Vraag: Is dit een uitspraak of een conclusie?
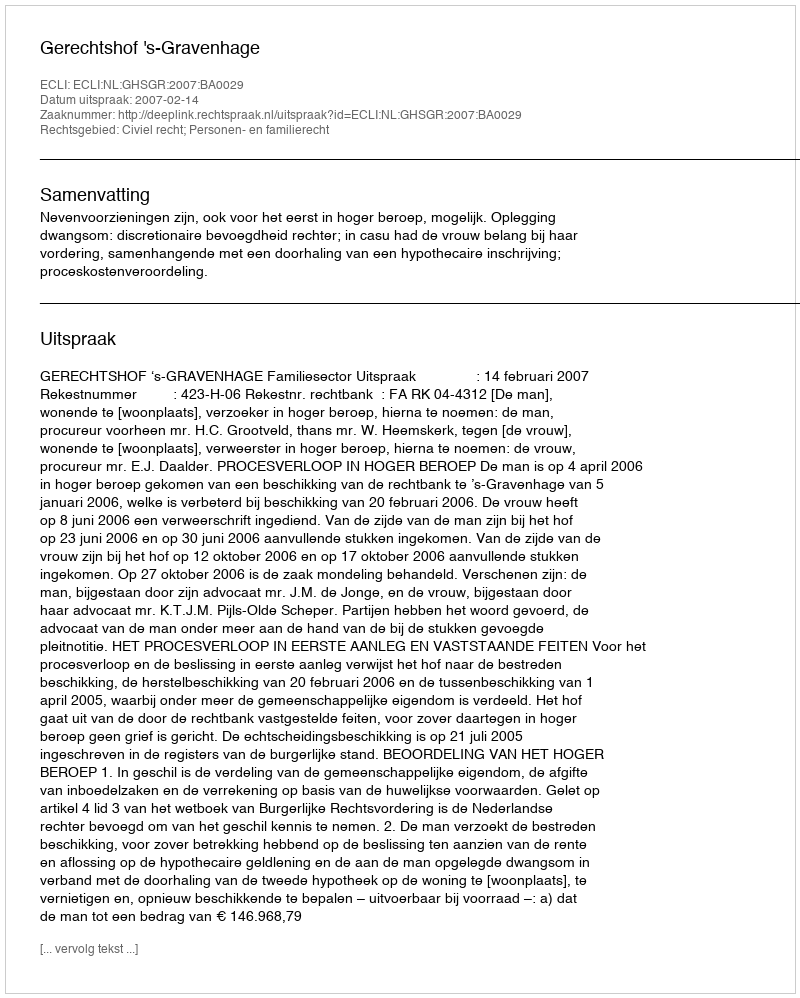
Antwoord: Uitspraak